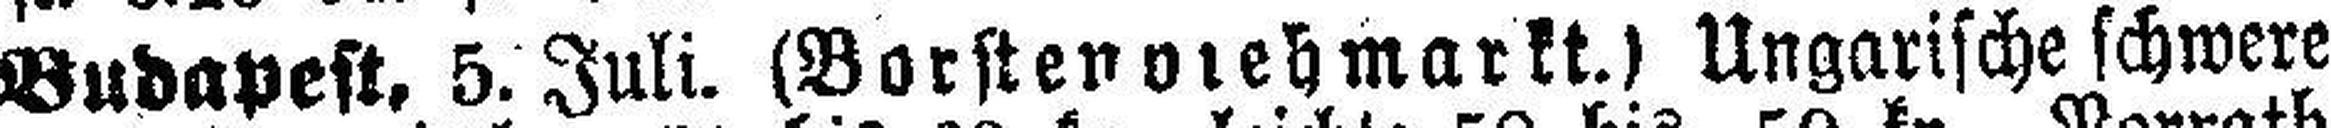
Budapest. 5. Juli. (Borsten olehmarkt.l Ungarische schwere